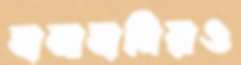
হানাহানিরও